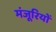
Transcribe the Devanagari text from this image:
मंजूरियों